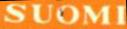
SUOMI